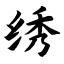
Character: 绣